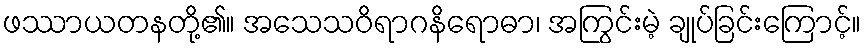
ဖဿာယတနတို့၏။ အသေသဝိရာဂနိရောဓာ၊ အကြွင်းမဲ့ ချုပ်ခြင်းကြောင့်။